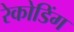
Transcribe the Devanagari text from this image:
रेकोडिंग